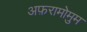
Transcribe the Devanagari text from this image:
अफ़रामोमुम